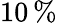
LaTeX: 10\, \%